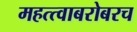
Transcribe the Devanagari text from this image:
महत्त्वाबरोबरच